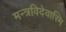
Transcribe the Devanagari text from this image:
मन्त्रविदेवास्मि